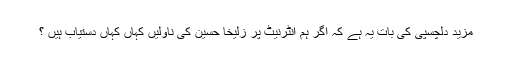
مزید دلچسپی کی بات یہ ہے کہ اگر ہم انٹرنیٹ پر زُلیخا حُسین کی ناولیں کہاں کہاں دستیاب ہیں ؟